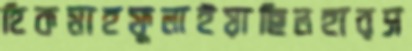
হিকমাহফুলাইয়াছিলহারস